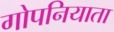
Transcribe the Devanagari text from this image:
गोपनियाता